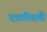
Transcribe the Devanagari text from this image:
दत्तगीतांचे